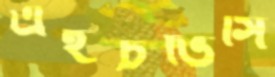
এইচভিসি